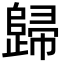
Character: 歸